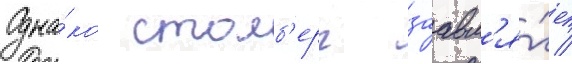
Одна́ко столб'ерг заавл'я́ет /